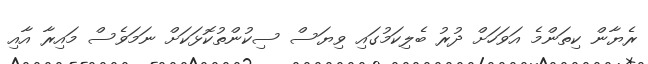
ރެޔާން ކިތަންމެ އަވަހަށް ދުރު ބެލިކަމުގައި ވިޔަސް ސިކުންތުކޮޅަކަށް ނަމަވެސް މައިރާ އާއި